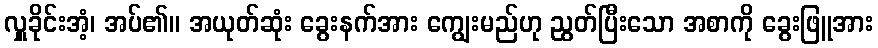
လှူခိုင်းအံ့၊ အပ်၏။ အယုတ်ဆုံး ခွေးနက်အား ကျွေးမည်ဟု ညွတ်ပြီးသော အစာကို ခွေးဖြူအား